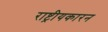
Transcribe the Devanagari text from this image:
राष्ट्रीयकारन